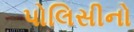
પોલિસીનો